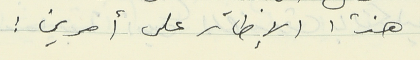
هذا الإطار على أمرين :